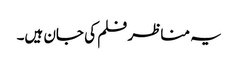
یہ مناظر فلم کی جان ہیں۔